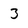
Character: 3